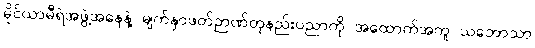
မိုင်ယာမီရဲအဖွဲ့အနေနဲ့ မျက်နှာဖတ်ဉာဏ်တုနည်းပညာကို အထောက်အကူ သဘောသာ